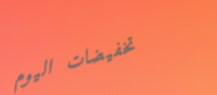
تخفيضات اليوم